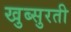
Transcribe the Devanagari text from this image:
खुब्सुरती